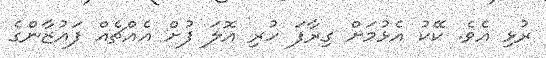
ރުޅި އެވެ. ކޭކު އެޅުމަށް ގިރާފަ ހުރި އޮލަ ފުށް އެއްޗެއް ފައުޒާންގެ